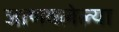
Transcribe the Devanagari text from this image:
जाणवलेल्या